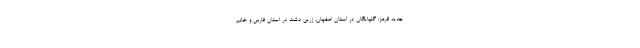
جدید قرمز: گلپایگان در استان اصفهان، زرین دشت در استان فارس و خاتم